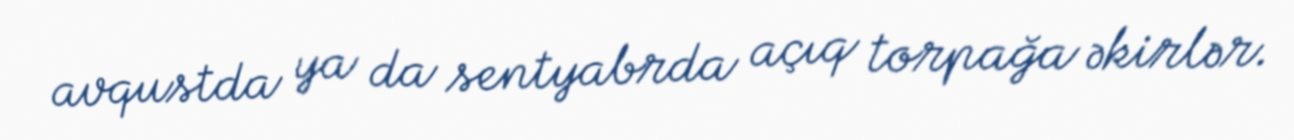
avqustda ya da sentyabrda açıq torpağa əkirlər.